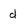
Character: d